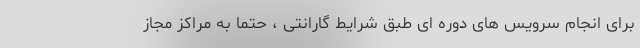
برای انجام سرویس های دوره ای طبق شرایط گارانتی ، حتما به مراکز مجاز